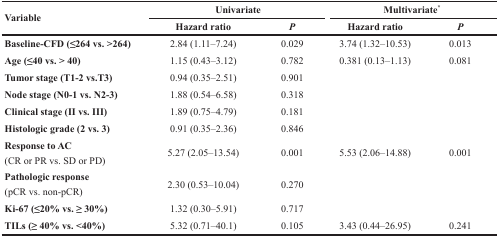
| <ROWSPAN=2> Variable | <COLSPAN=2> Univariate | <COLSPAN=2> Multivariate* |
 | Hazard ratio | P | Hazard ratio | P |
 | --- | --- | --- | --- | --- |
 | Baseline-CFD (≤264 vs. >264) | 2.84 (1.11–7.24) | 0.029 | 3.74 (1.32–10.53) | 0.013 |
 | Age (≤40 vs. > 40) | 1.15 (0.43–3.12) | 0.782 | 0.381 (0.13–1.13) | 0.081 |
 | Tumor stage (T1-2 vs.T3) | 0.94 (0.35–2.51) | 0.901 |  |  |
 | Node stage (N0-1 vs. N2-3) | 1.88 (0.54–6.58) | 0.318 |  |  |
 | Clinical stage (II vs. III) | 1.89 (0.75–4.79) | 0.181 |  |  |
 | Histologic grade (2 vs. 3) | 0.91 (0.35–2.36) | 0.846 |  |  |
 | Response to AC(CR or PR vs. SD or PD) | 5.27 (2.05–13.54) | 0.001 | 5.53 (2.06–14.88) | 0.001 |
 | Pathologic response(pCR vs. non-pCR) | 2.30 (0.53–10.04) | 0.270 |  |  |
 | Ki-67 (≤20% vs. ≥ 30%) | 1.32 (0.30–5.91) | 0.717 |  |  |
 | TILs (≥ 40% vs. <40%) | 5.32 (0.71–40.1) | 0.105 | 3.43 (0.44–26.95) | 0.241 |